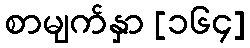
စာမျက်နှာ [၁၆၄]